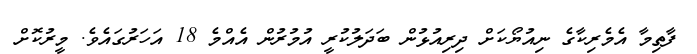
ފާތިމާ އެމެރިކާގެ ނިއުޔޯކަށް ދިރިއުޅުން ބަދަލުކުރީ އުމުރުން އެއްމެ 18 އަހަރުގައެވެ. މީރުކޮށް